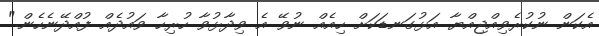
އެކަން ނުކުރެވިއްޖިއްޔާ އަޅުގަނޑަކަށް ހިއެއް ނުވޭ އެ ވިދާޅުވާ ހުރިހާ ވައުދެއް ފުއްދޭނެހެން."